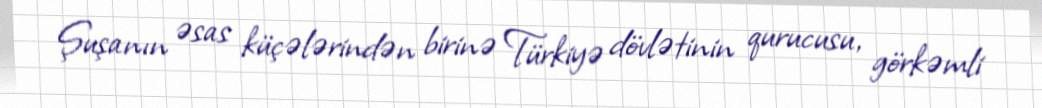
Şuşanın əsas küçələrindən birinə Türkiyə dövlətinin qurucusu, görkəmli